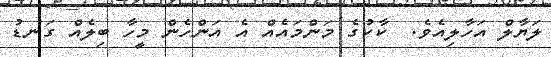
ލަޔާލް އަހާލިއެވެ.  ކާކުގެ މަންމައެއް އެ އަންހެން މީހާ ބިލެއް ގަނޑު